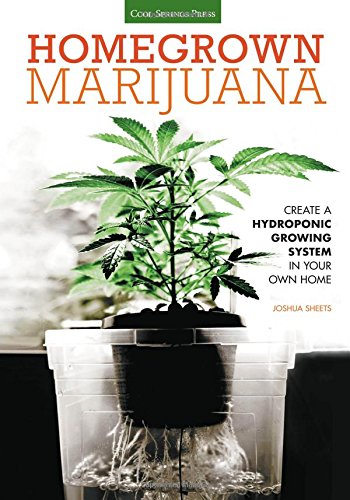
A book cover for Homegrown Marijuana: Create a Hydroponic Growing System in Your Own Home; Joshua Sheets; Crafts, Hobbies & Home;